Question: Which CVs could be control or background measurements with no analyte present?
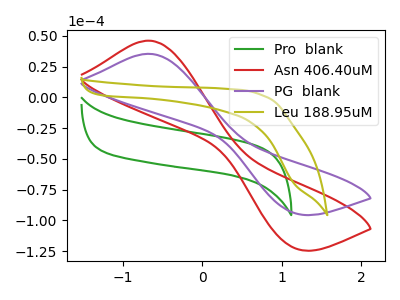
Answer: <think>The green curve "Pro  blank" has no peaks. The red curve "Asn 406.40uM" has an anodic peak at (-0.70V, 46.05uA) and a cathodic peak at (1.15V, -122.45uA). The purple curve "PG  blank" has an anodic peak at (-0.70V, 35.35uA) and a cathodic peak at (1.15V, -94.00uA). The olive curve "Leu 188.95uM" has no peaks.</think>
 <answer>"Pro  blank" and "Leu 188.95uM" are likely to be blanks.</answer>
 <eval>"Pro  blank", "Leu 188.95uM"</eval>